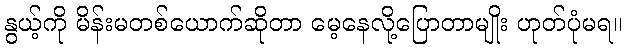
နွယ့်ကို မိန်းမတစ်ယောက်ဆိုတာ မေ့နေလို့ပြောတာမျိုး ဟုတ်ပုံမရ။